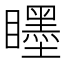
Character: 䁼